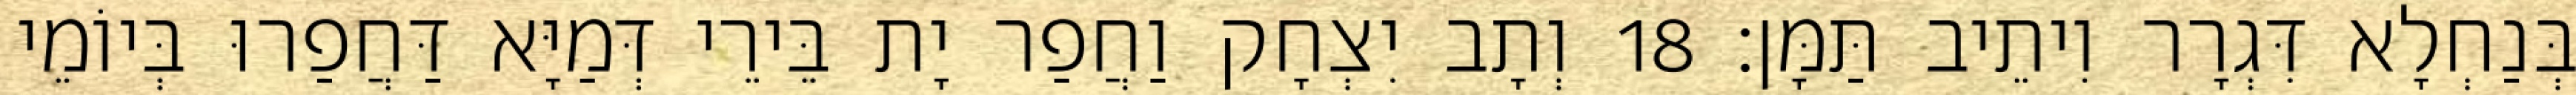
בְּנַחְלָא דִּגְרָר וִיתֵיב תַּמָּן׃ 18 וְתָב יִצְחָק וַחֲפַר יָת בֵּירֵי דְּמַיָּא דַּחֲפַרוּ בְּיוֹמֵי